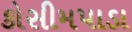
કોસીમપાડા